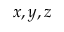
x , y , z